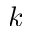
k